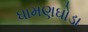
ધામણઘોડા